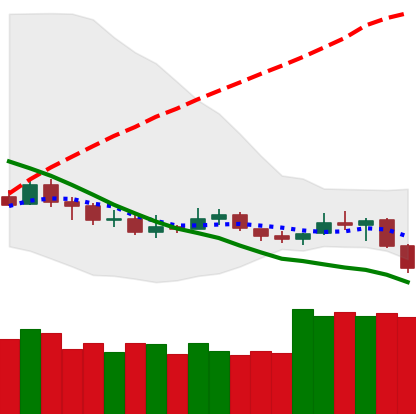
Ticker: NEO-USD
Chart end date: 2019-12-17
Forward return: 12.913%
Label: up_7plus